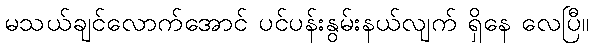
မသယ်ချင်လောက်အောင် ပင်ပန်းနွမ်းနယ်လျက် ရှိနေ လေပြီ။